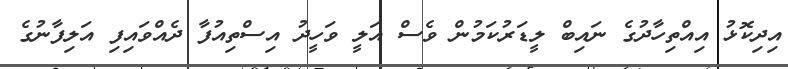
އިދިކޮޅު އިއްތިހާދުގެ ނައިބް ލީޑަރުކަމުން ވެސް އަލީ ވަހީދު އިސްތިއުފާ ދެއްވައިފި އަލިފާނުގެ